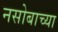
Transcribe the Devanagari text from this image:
नसोबाच्या